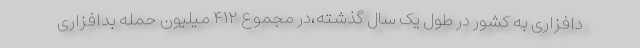
دافزاری به کشور در طول یک سال گذشته،در مجموع ۴۱۲ میلیون حمله بدافزاری